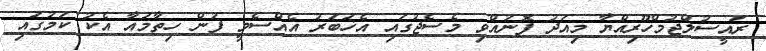
ރައީސުލްޖުމްހޫރިއްޔާ މިއަދު ފޮނުއްވި މެސެޖުގައި އެޚަބަރު އެއްސެވީ ފުން ހިތާމައާ އެކު ކަމުގައި